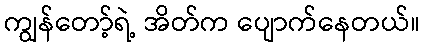
ကျွန်တော့်ရဲ့ အိတ်က ပျောက်နေတယ်။